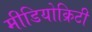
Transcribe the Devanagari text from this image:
मीडियोक्रिटी